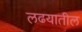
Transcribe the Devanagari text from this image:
लढयातील